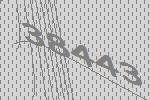
38443